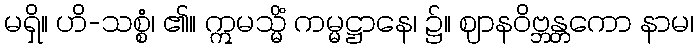
မရှိ။ ဟိ-သစ္စံ၊ ၏။ ဣမသ္မိံ ကမ္မဋ္ဌာနေ၊ ၌။ ဈာနဝိဗ္ဘန္တကော နာမ၊